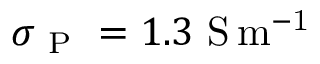
\sigma _ { \mathrm { ~ P ~ } } = 1 . 3 \ \mathrm { S \, m ^ { - 1 } }